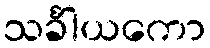
သင်္ခါယကော